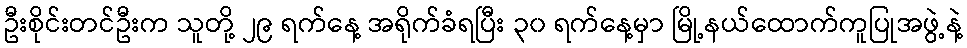
ဦးစိုင်းတင်ဦးက သူတို့ ၂၉ ရက်နေ့ အရိုက်ခံရပြီး ၃၀ ရက်နေ့မှာ မြို့နယ်ထောက်ကူပြုအဖွဲ့နဲ့